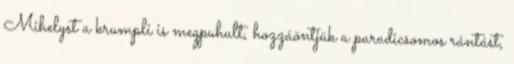
Mihelyst a krumpli is megpuhult, hozzáöntjük a paradicsomos rántást,